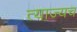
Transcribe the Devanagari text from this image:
त्याज्यच